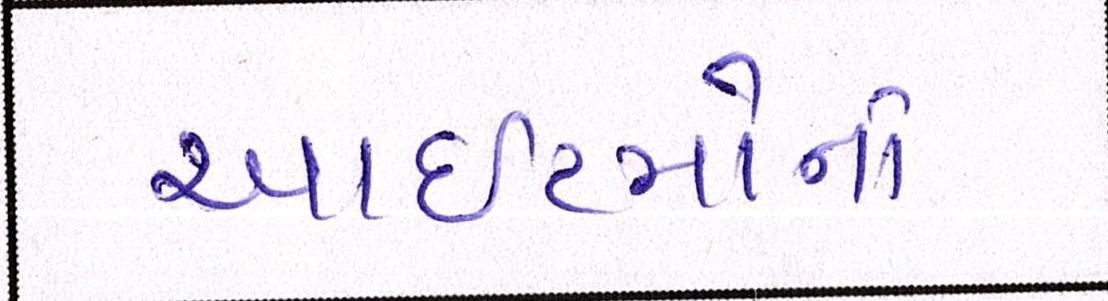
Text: આઈટમોનો